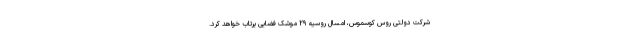
شرکت دولتی روس کوسموس، امسال روسیه ۲۹ موشک فضایی پرتاب خواهد کرد.